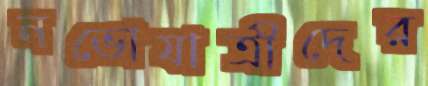
নভোযাত্রীদের